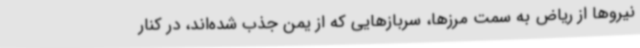
نیروها از ریاض به سمت مرزها، سربازهایی که از یمن جذب شده‌اند، در کنار